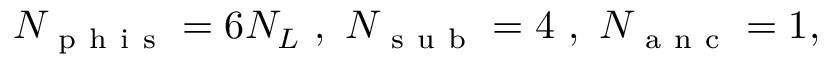
\begin{array} { r } { N _ { \mathrm { ~ p ~ h ~ i ~ s ~ } } = 6 N _ { L } \ , \ N _ { \mathrm { ~ s ~ u ~ b ~ } } = 4 \ , \ N _ { \mathrm { ~ a ~ n ~ c ~ } } = 1 , } \end{array}